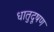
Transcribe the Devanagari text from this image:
धातुदूषण